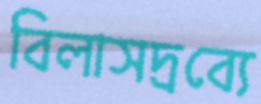
বিলাসদ্রব্যে